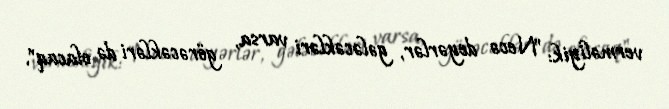
verməliyik: "Necə deyərlər, gələcəkləri varsa, görəcəkləri də olacaq".